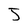
Character: J